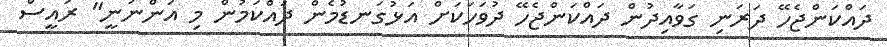
ދައްކަންޖެހޭ ދަރަނި ގަވާއިދުން ދައްކަންޖެހޭ ދުވަހަކަށް އަޅުގަނޑުމެން ދައްކަމުން މި އަންނަނީ" ރައީސް